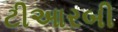
ટીઆરબી